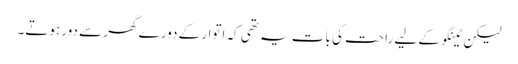
لیکن ٹینگو کے لیے راحت کی بات یہ تھی کہ اتوار کے دورے گھر سے دور ہوتے۔